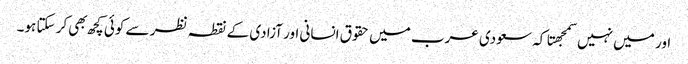
اور میں نہیں سمجهتا کہ سعودی عرب میں حقوق انسانی اور آزادی کے نقطہ نظر سے کوئی کچھ بهی کر سکتا ہو۔